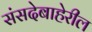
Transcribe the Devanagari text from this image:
संसदेबाहेरील